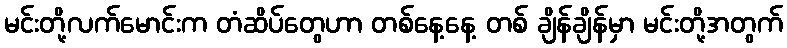
မင်းတို့လက်မောင်းက တံဆိပ်တွေဟာ တစ်နေ့နေ့ တစ် ချိန်ချိန်မှာ မင်းတို့အတွက်